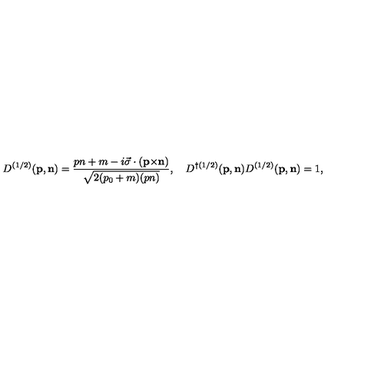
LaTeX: { D } ^ { ( 1 / 2 ) } ( { \bf p } , { \bf n } ) = \frac { p n + m - i { \vec { \sigma } } \cdot ( { \bf p } { \times } { \bf n } ) } { \sqrt { 2 ( p _ { 0 } + m ) ( p n ) } } , \quad { D } ^ { \dag ( 1 / 2 ) } ( { \bf p } , { \bf n } ) { D } ^ { ( 1 / 2 ) } ( { \bf p } , { \bf n } ) = 1 ,